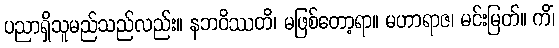
ပညာရှိသူမည်သည်လည်း။ နဘဝိဿတိ၊ မဖြစ်တော့ရာ။ မဟာရာဇ၊ မင်းမြတ်။ ကိံ၊